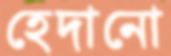
হেদানো